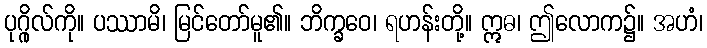
ပုဂ္ဂိုလ်ကို။ ပဿာမိ၊ မြင်တော်မူ၏။ ဘိက္ခဝေ၊ ရဟန်းတို့။ ဣဓ၊ ဤလောက၌။ အဟံ၊